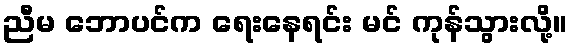
ညီမ ဘောပင်က ရေးနေရင်း မင် ကုန်သွားလို့။